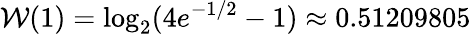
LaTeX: \mathcal{W}(1)=\log_{2}(4e^{-1/2}-1)\approx 0.51209805